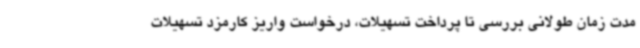
مدت زمان طولانی بررسی تا پرداخت تسهیلات، درخواست واریز کارمزد تسهیلات